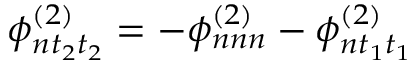
\phi _ { n t _ { 2 } t _ { 2 } } ^ { ( 2 ) } = - \phi _ { n n n } ^ { ( 2 ) } - \phi _ { n t _ { 1 } t _ { 1 } } ^ { ( 2 ) }